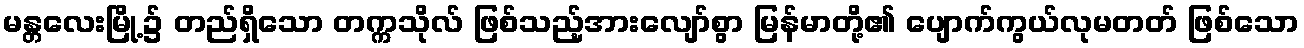
မန္တလေးမြို့၌ တည်ရှိသော တက္ကသိုလ် ဖြစ်သည့်အားလျော်စွာ မြန်မာတို့၏ ပျောက်ကွယ်လုမတတ် ဖြစ်သော